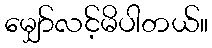
မျှော်လင့်မိပါတယ်။